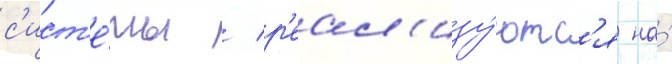
с'ист'е́мы / р'еал'изу́ютс'я на́